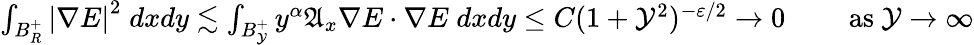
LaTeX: \begin{array}{r}{\int_{B_{R}^{+}}\left|\nabla E\right|^{2}\; dxdy\lesssim\int_{B_{\mathcal{Y}}^{+}}y^{\alpha}\mathfrak{A}_{x}\nabla E\cdot\nabla E\; dxdy\leq C(1+\mathcal{Y}^{2})^{-\varepsilon/2}\rightarrow 0\qquad\mathrm{~as~}\mathcal{Y}\rightarrow\infty}\end{array}